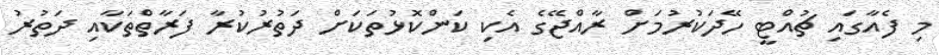
މި ފެއާގައި ޗުއްޓީ ހޭދަކުރުމަށް ރާއްޖޭގެ އެކި ކަންކޮޅުތަކަށް ދަތުރުކުރާ ފަރާތްތަކާއި ދަތުރު